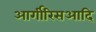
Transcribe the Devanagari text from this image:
आर्गीरिसआदि